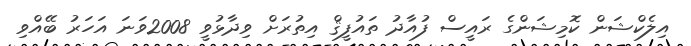
އިލެކްޝަން ކޮމިޝަންގެ ރައީސް ފުއާދު ތައުފީޤް އިތުރަށް ވިދާޅުވީ 2008ވަނަ އަހަރު ބޭއްވި